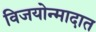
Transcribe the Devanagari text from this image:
विजयोन्मादात